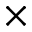
\times